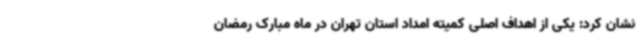
نشان کرد: یکی از اهداف اصلی کمیته امداد استان تهران در ماه مبارک رمضان